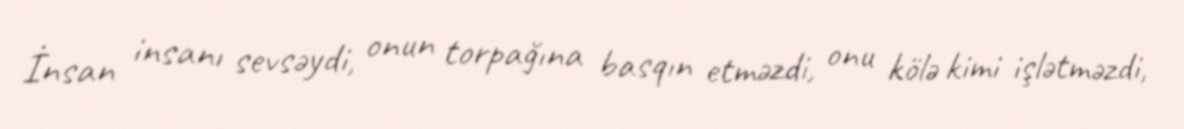
İnsan insanı sevsəydi, onun torpağına basqın etməzdi, onu kölə kimi işlətməzdi,